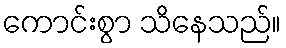
ကောင်းစွာ သိနေသည်။